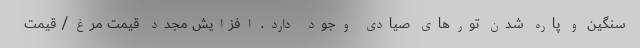
سنگین و پاره شدن تورهای صیادی وجود دارد. افزایش مجدد قیمت مرغ/ قیمت